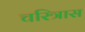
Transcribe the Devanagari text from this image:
चरित्रास